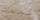
شممت